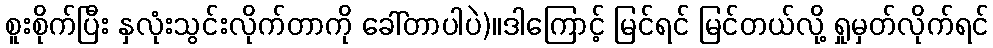
စူးစိုက်ပြီး နှလုံးသွင်းလိုက်တာကို ခေါ်တာပါပဲ)။ဒါကြောင့် မြင်ရင် မြင်တယ်လို့ ရှုမှတ်လိုက်ရင်